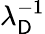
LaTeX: \lambda_{\mathsf{D}}^{-1}